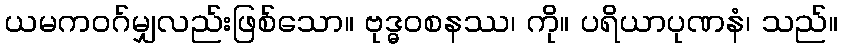
ယမကဝဂ်မျှလည်းဖြစ်သော။ ဗုဒ္ဓဝစနဿ၊ ကို။ ပရိယာပုဏနံ၊ သည်။